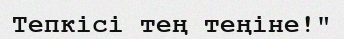
Тепкісі тең теңіне!"